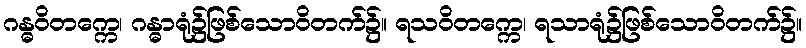
ဂန္ဓဝိတက္ကေ၊ ဂန္ဓာရုံ၌ဖြစ်သောဝိတက်၌။ ရသဝိတက္ကေ၊ ရသာရုံ၌ဖြစ်သောဝိတက်၌။